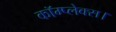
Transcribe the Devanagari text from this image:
कॉम्प्लेक्स।